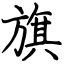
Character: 旗